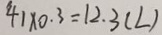
4 1 \times 0 . 3 = 1 2 . 3 ( L )